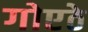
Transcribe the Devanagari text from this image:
गोएठे